DOW-UAP-D49, Launch Summary, Vandenberg AFB, 2000
Agency: Department of War
Incident date: 2/3/00
Page 105
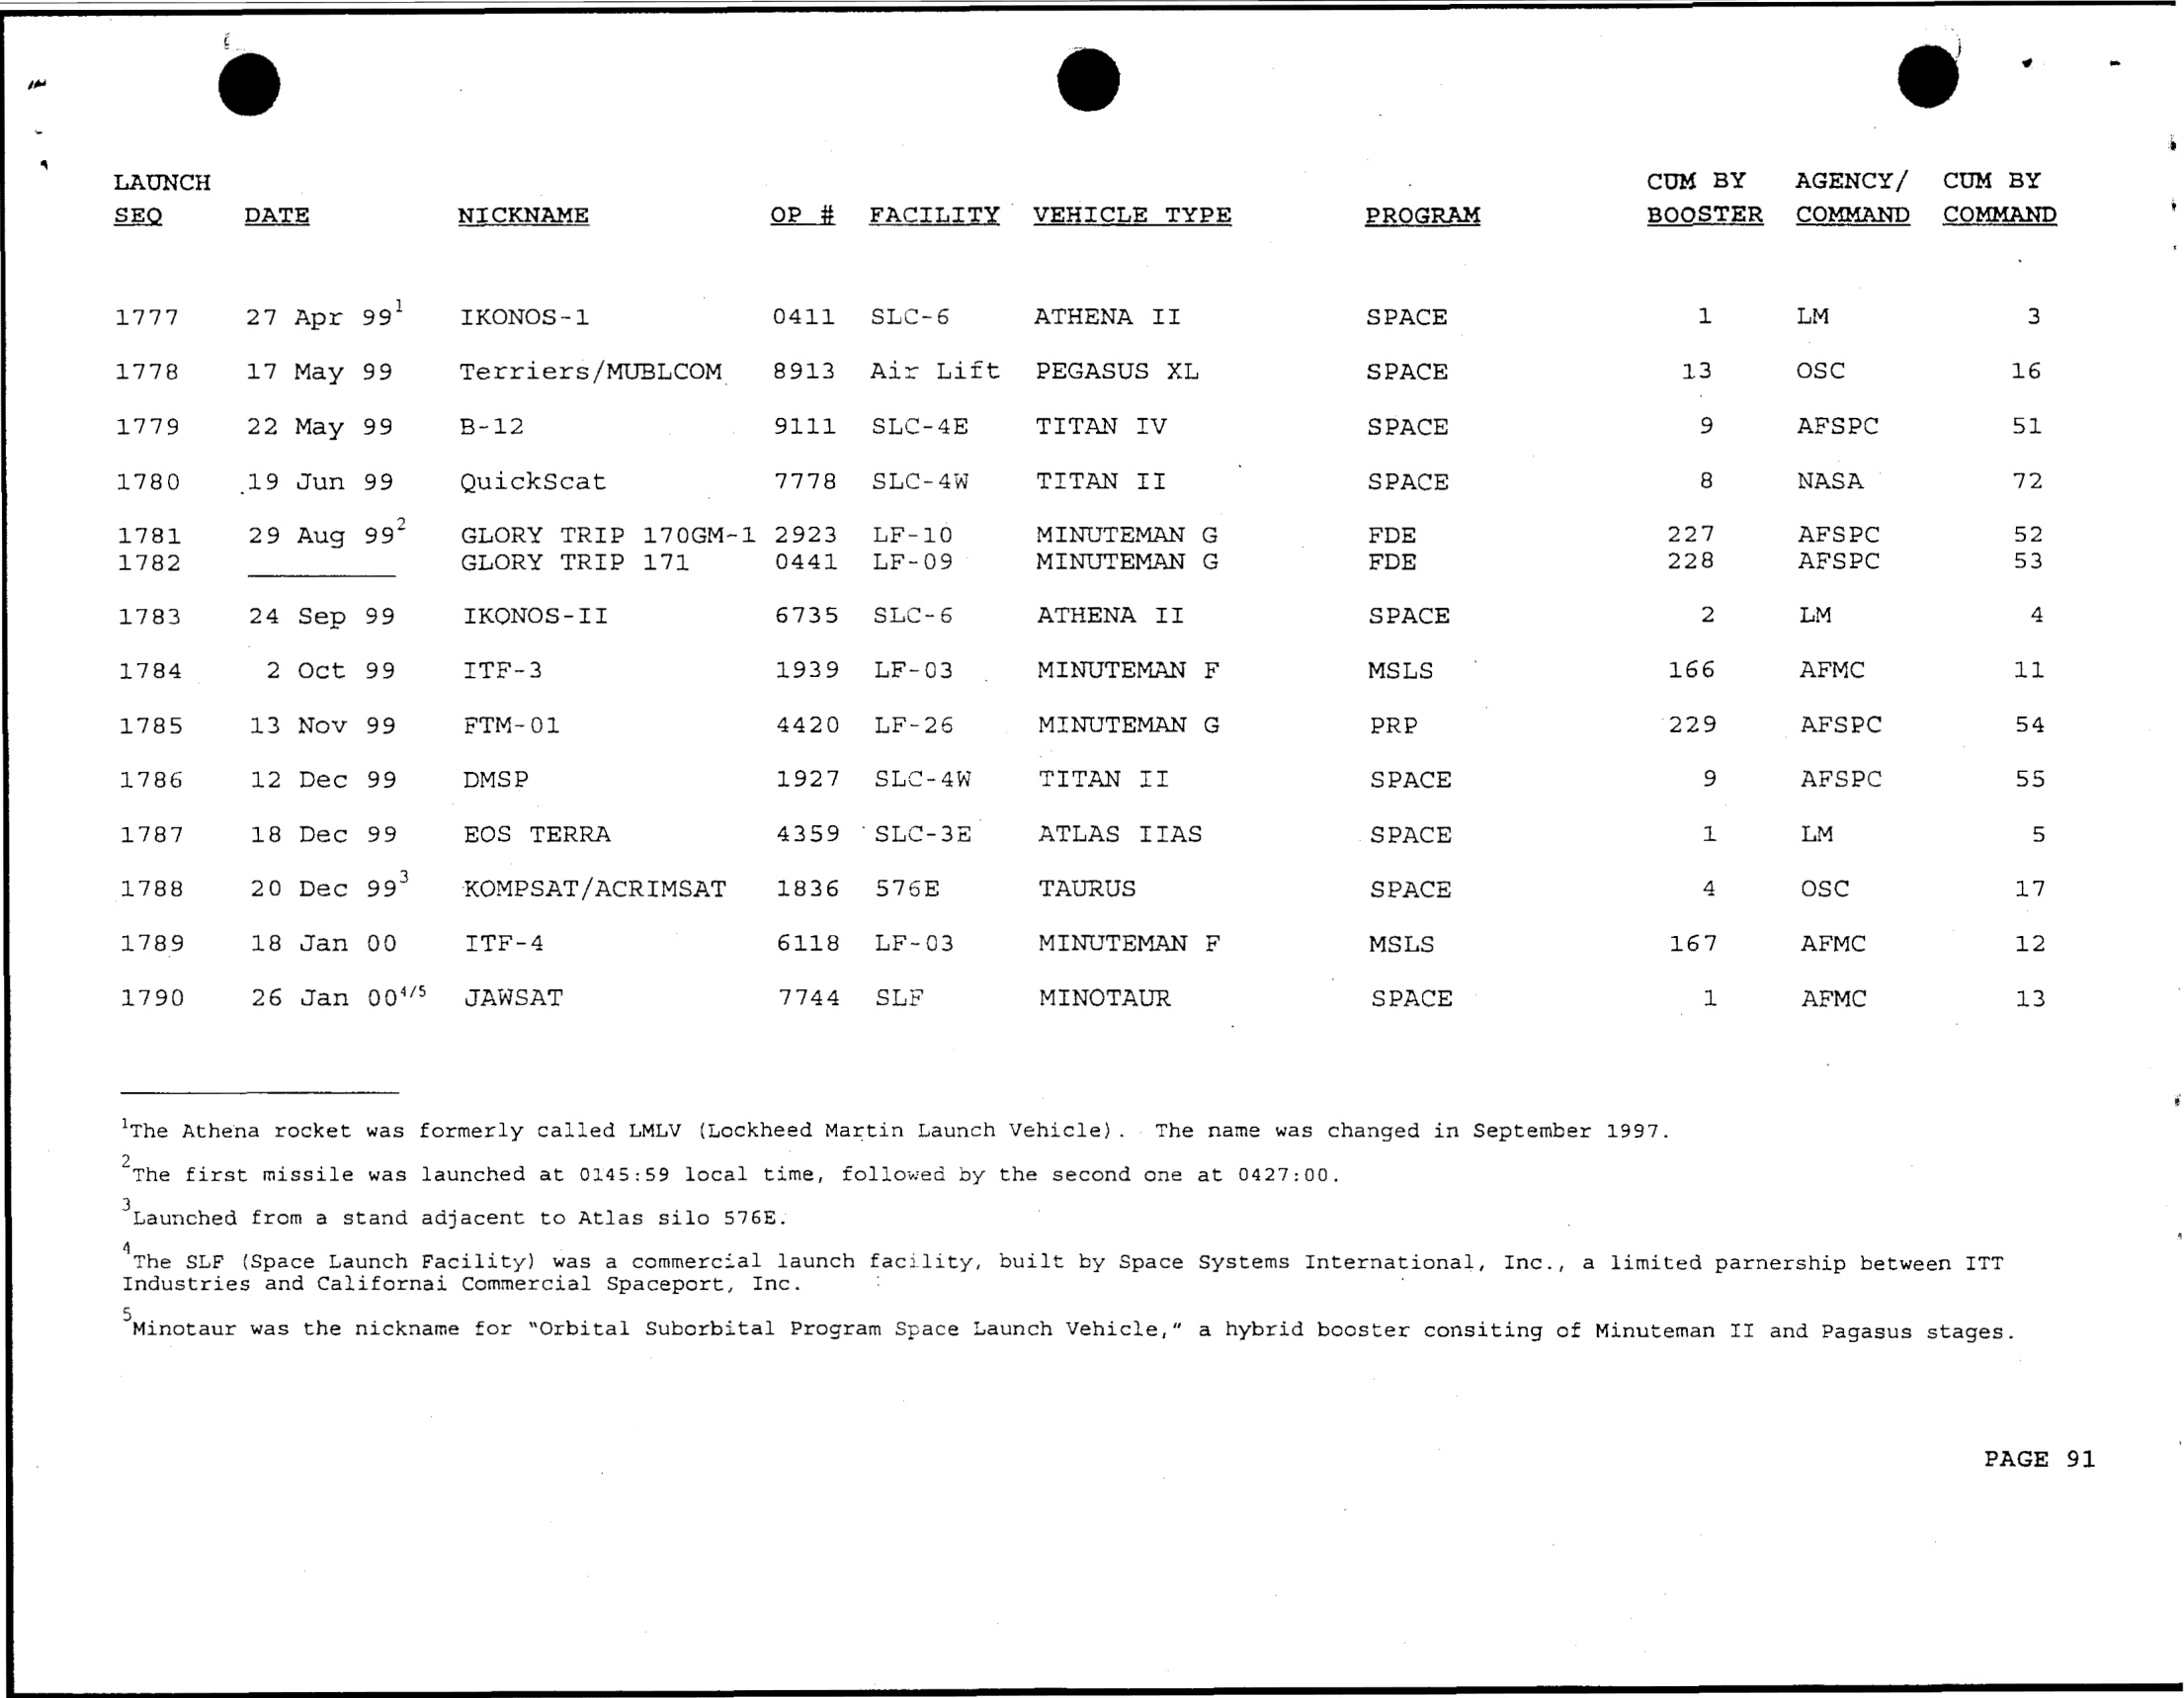